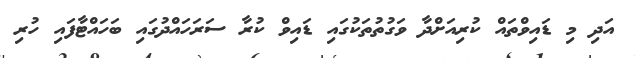
އަދި މި ޑައިވްތައް ކުރިއަށްދާ ވަގުތުތަކުގައި ޑައިވް ކުރާ ސަރަހައްދުގައި ބަހައްޓާފައި ހުރި